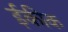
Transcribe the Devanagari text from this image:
ईकीक